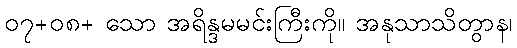
၀၇+၀၈+ သော အရိန္ဒမမင်းကြီးကို။ အနုသာသိတွာန၊